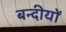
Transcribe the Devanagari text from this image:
बन्दीयों